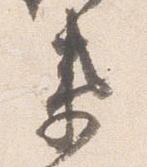
衛